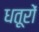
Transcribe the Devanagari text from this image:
धतूरों